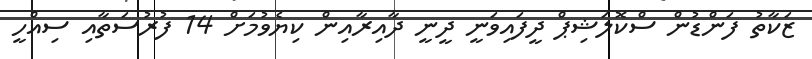
ޒަކާތު ފަންޑުން ސްކޮލަޝިޕް ދީފައިވަނީ ދީނީ ދާއިރާއިން ކިޔެވުމަށް 14 ފުރުސަތާއި ސިއްހީ